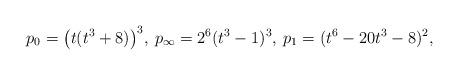
LaTeX: \begin{align*} p_0 = \bigl( t(t^3 + 8) \bigr)^3 , \: p_{\infty} = 2^6 (t^3 - 1)^3 , \: p_1 = (t^6 - 20 t^3 - 8)^2,\end{align*}